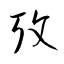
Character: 攷